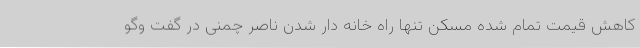
کاهش قیمت تمام شده مسکن تنها راه خانه دار شدن ناصر چمنی در گفت وگو